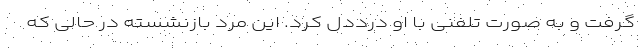
گرفت و به صورت تلفنی با او درددل کرد. این مرد بازنشسته در حالی که